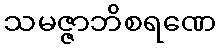
သမဇ္ဇာဘိစရဏေ